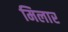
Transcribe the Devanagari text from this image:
मिलार